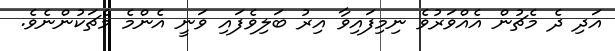
އަދި ދެ މެޗުން އެއްވަރުވެ ނިމިފައިވާ އިރު ބަލިވެފައި ވަނީ އެންމެ މެޗަކުންނެވެ.